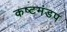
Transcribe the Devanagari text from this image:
कष्टमंडप